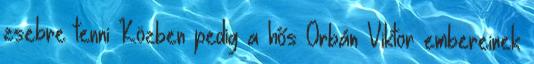
zsebre tenni Közben pedig a hős Orbán Viktor embereinek